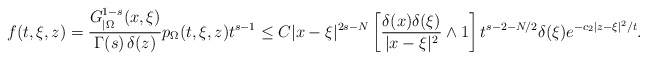
\begin{align*}f(t,\xi,z) = \frac{G_{|\Omega}^{1-s}(x,\xi)}{\Gamma(s)\,\delta(z)} p_\Omega(t,\xi,z)t^{s-1} \le C \vert x-\xi\vert^{2s-N}\left[\frac{\delta(x)\delta(\xi)}{\vert x-\xi\vert^2}\wedge 1\right]t^{s-2-N/2}\delta(\xi)e^{-c_2\vert z-\xi\vert^2/t}.\end{align*}